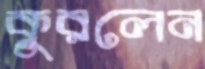
কুরলেন